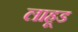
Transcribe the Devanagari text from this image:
लाहूड